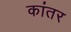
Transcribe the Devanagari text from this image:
कांतर